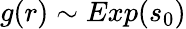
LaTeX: g(r)\sim Exp(s_{0})